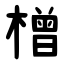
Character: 橧